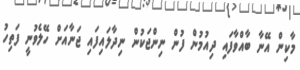
މާކިން އޭނާ ބާއްވާފައި ދިއުމުން ފުން ނިންޖަކުން ނިދާލައިފައި ޖަނާއަށް ހޭލެވުނީ ފަތިހު